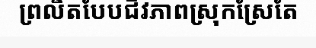
ព្រលឹតបែបជីវភាពស្រុកស្រែតែ